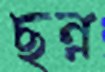
ছন্ন